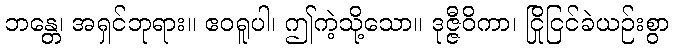
ဘန္တေ၊ အရှင်ဘုရား။ ဧဝရူပါ၊ ဤကဲ့သို့သော။ ဒုဇ္ဇီဝိကာ၊ ငြိုငြင်ခဲယဉ်းစွာ